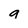
Character: a